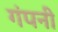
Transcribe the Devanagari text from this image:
गंपनी